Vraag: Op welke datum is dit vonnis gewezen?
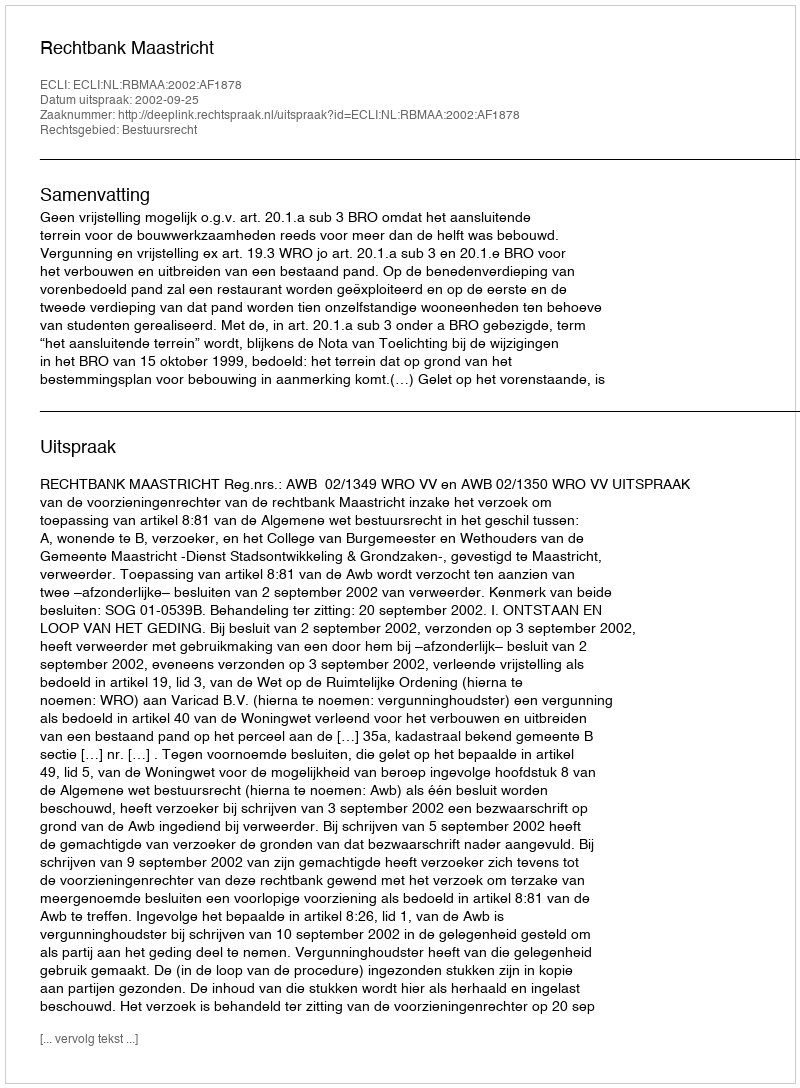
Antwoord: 2002-09-25